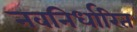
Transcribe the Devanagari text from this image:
नवनिर्धारित